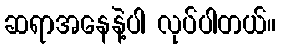
ဆရာအနေနဲ့ပါ လုပ်ပါတယ်။